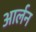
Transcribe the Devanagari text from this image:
आर्लन